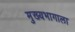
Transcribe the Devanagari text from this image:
मुख्यभागाला